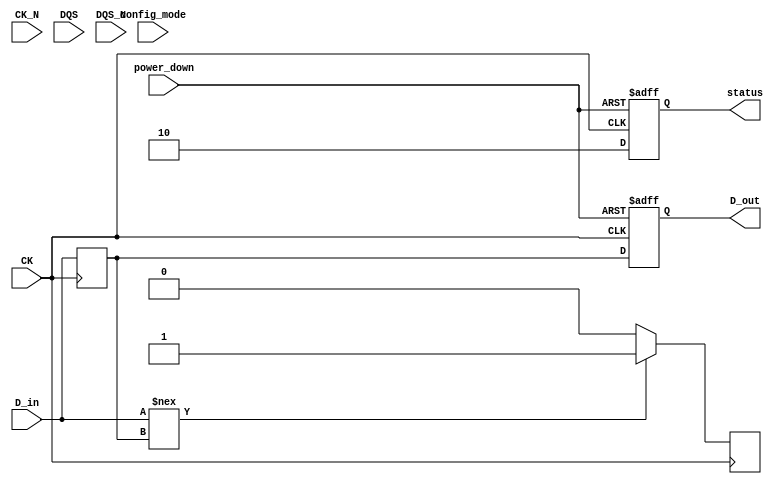
module gddr6x_io_block #(
    parameter DATA_WIDTH = 32, // Data width: 16, 32, or 64-bits
    parameter CLK_FREQ = 1200, // Clock frequency in MHz
    parameter SUPPLY_VOLTAGE = 1.35 // Supply voltage in Volts
) (
    input wire CK,          // Differential Clock
    input wire CK_N,       // Inverted Differential Clock
    input wire [DATA_WIDTH-1:0] D_in, // Incoming Data
    input wire DQS,        // Data Strobe
    input wire DQS_N,      // Inverted Data Strobe
    output reg [DATA_WIDTH-1:0] D_out, // Outgoing Data
    input wire power_down, // Power down signal
    input wire config_mode, // Configuration mode
    output reg [1:0] status // Status signals (e.g., ready, error)
);

    // Internal signals
    reg [DATA_WIDTH-1:0] data_buffer;
    reg [DATA_WIDTH-1:0] aligned_data;
    reg [7:0] error_counter; // Simple error counter
    reg calibration_done;

    // Initialization
    initial begin
        D_out = 0;
        status = 2'b00;
        error_counter = 8'h00;
        calibration_done = 1'b0;
    end
    
    // Power management
    always @(posedge CK or posedge power_down) begin
        if (power_down) begin
            D_out <= 0; // Power down the output
            status <= 2'b01; // Indicate power down status
        end else begin
            // Normal operation
            D_out <= data_buffer; // Output the buffered data
            status <= 2'b10; // Ready status
        end
    end

    // Data alignment based on DQS
    always @(posedge DQS) begin
        if (calibration_done) begin
            aligned_data <= data_buffer; // Align data
        end
    end

    // Error detection (simplified for illustration)
    always @(posedge CK) begin
        if (D_in !== data_buffer) begin
            error_counter <= error_counter + 1; // Increment error count
            status[1] <= 1'b1; // Indicate error status
        end else begin
            status[1] <= 1'b0; // Clear error status
        end
        
        // Store input data into the buffer
        data_buffer <= D_in;
    end

    // Calibration process (simplified)
    always @(posedge config_mode) begin
        // Perform calibration routines (stubbed)
        calibration_done <= 1'b1; // Indicate calibration is done
    end

    // Clocking and signal integrity methods would be added here

endmodule